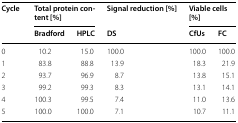
<table><thead><tr><td rowspan="2"><b>Cycle</b></td><td colspan="2"><b>Total protein content [%]</b></td><td><b>Signal reduction [%]</b></td><td colspan="2"><b>Viable cells [%]</b></td></tr><tr><td><b>Bradford</b></td><td><b>HPLC</b></td><td><b>DS</b></td><td><b>CfUs</b></td><td><b>FC</b></td></tr></thead><tbody><tr><td>0</td><td>10.2</td><td>15.0</td><td>100.0</td><td>100.0</td><td>100.0</td></tr><tr><td>1</td><td>83.8</td><td>88.8</td><td>13.9</td><td>18.3</td><td>21.9</td></tr><tr><td>2</td><td>93.7</td><td>96.9</td><td>8.7</td><td>13.8</td><td>15.1</td></tr><tr><td>3</td><td>99.2</td><td>99.3</td><td>8.3</td><td>13.1</td><td>14.1</td></tr><tr><td>4</td><td>100.3</td><td>99.5</td><td>7.4</td><td>11.0</td><td>13.6</td></tr><tr><td>5</td><td>100.0</td><td>100.0</td><td>7.1</td><td>10.7</td><td>11.1</td></tr></tbody></table>